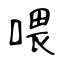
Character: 喂